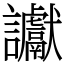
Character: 讞